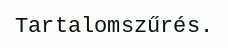
Tartalomszűrés.